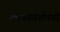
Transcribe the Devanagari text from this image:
काकस्पर्शमध्ये